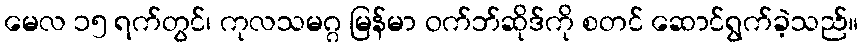
မေလ ၁၅ ရက်တွင်၊ ကုလသမဂ္ဂ မြန်မာ ဝက်ဘ်ဆိုဒ်ကို စတင် ဆောင်ရွက်ခဲ့သည်။